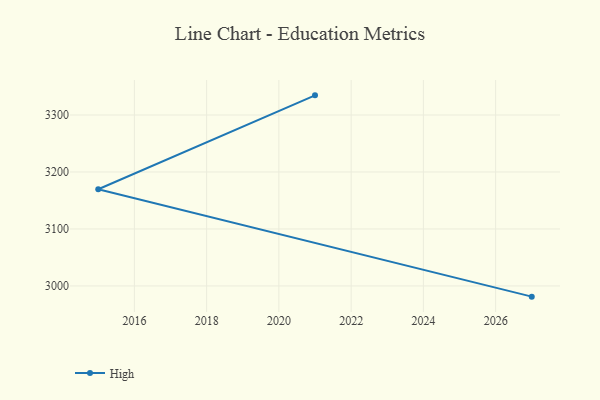
{"axis": {"x": "Year", "y": "Humidity (%)"}, "legend": ["High"], "data": [{"x": "2027", "y": 2981.2, "type": "High"}, {"x": "2015", "y": 3169.7, "type": "High"}, {"x": "2021", "y": 3334.5, "type": "High"}]}